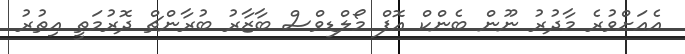
އެއަށްވުރެ މާދުރު ނޫން ބެންކް އޮފް މޯލްޑިވްސް ބާޒާރު ބުރާންޗް ދޮރުމަތީ އިތުރު